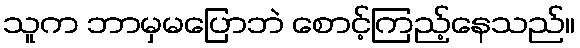
သူက ဘာမှမပြောဘဲ စောင့်ကြည့်နေသည်။